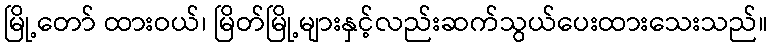
မြို့တော် ထားဝယ်၊ မြိတ်မြို့များနှင့်လည်းဆက်သွယ်ပေးထားသေးသည်။